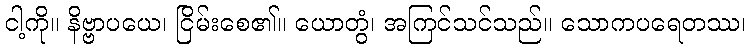
ငါ့ကို။ နိဗ္ဗာပယေ၊ ငြိမ်းစေ၏။ ယောတွံ၊ အကြင်သင်သည်။ သောကပရေတဿ၊